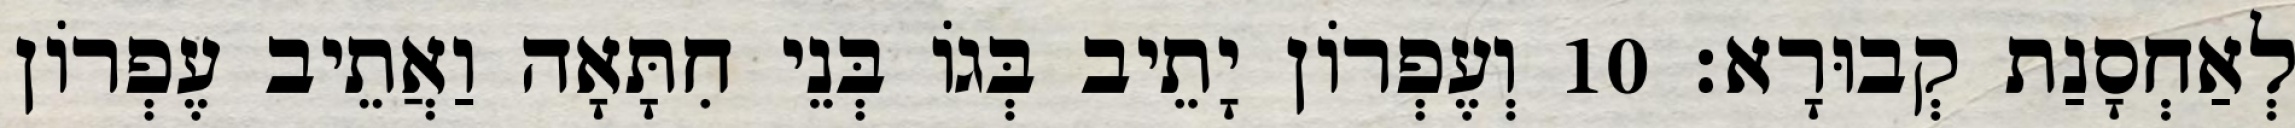
לְאַחְסָנַת קְבוּרָא׃ 10 וְעֶפְרוֹן יָתֵיב בְּגוֹ בְּנֵי חִתָּאָה וַאֲתֵיב עֶפְרוֹן